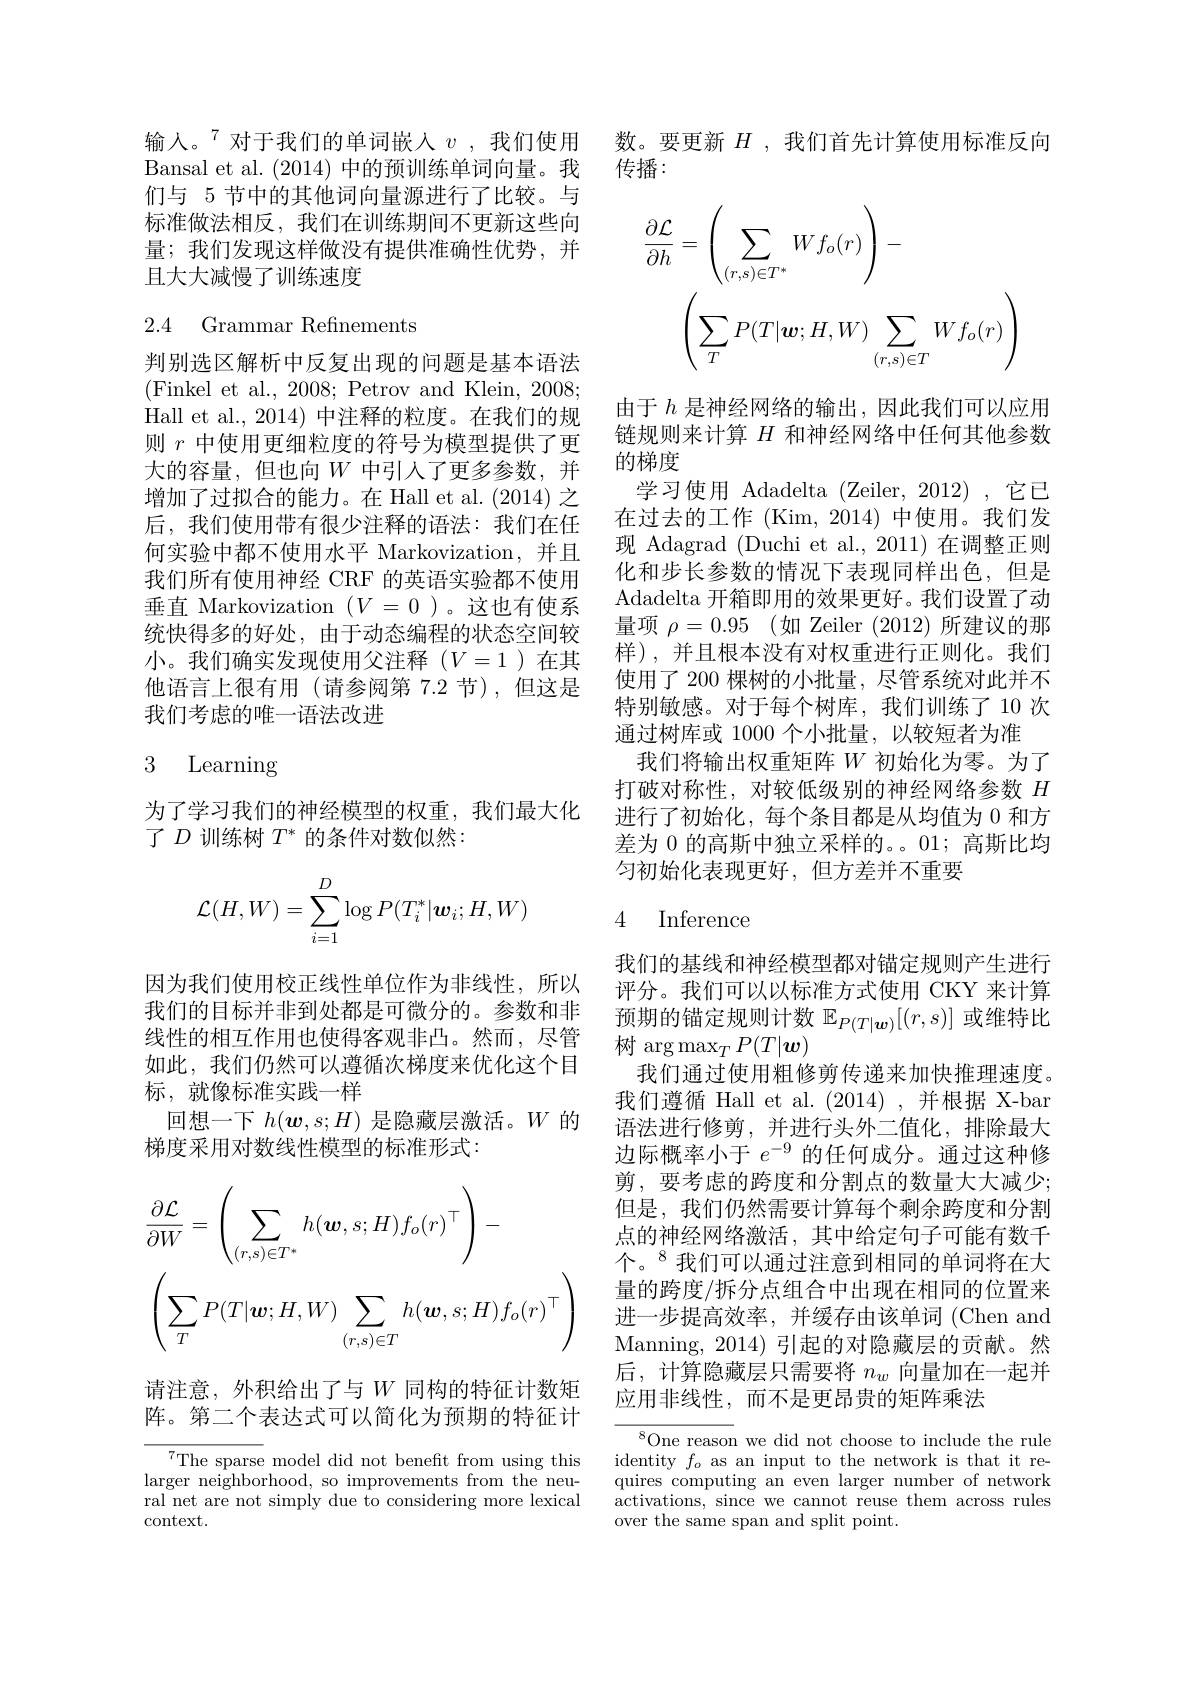
输入。$^{7}$对于我们的单词嵌入$v$,我们使用Bansal et al. (2014)中的预训练单词向量。我们与 5 节中的其他词向量源进行了比较。与标准做法相反，我们在训练期间不更新这些向量；我们发现这样做没有提供准确性优势，并且大大减慢了训练速度

2.4 Grammar Refinements

判别选区解析中反复出现的问题是基本语法(Finkel et al., 2008; Petrov and Klein, 2008; Hall et al., 2014) 中注释的粒度。在我们的规则$r$中使用更细粒度的符号为模型提供了更大的容量，但也向$W$ 中引入了更多参数，并增加了过拟合的能力。在 Hall et al. (2014) 之后，我们使用带有很少注释的语法：我们在任何实验中都不使用水平 Markovization,并且我们所有使用神经 CRF 的英语实验都不使用垂直 Markovization $(V=0$ )。这也有使系统快得多的好处，由于动态编程的状态空间较小。我们确实发现使用父注释($V=1$)在其他语言上很有用(请参阅第 7.2 节),但这是我们考虑的唯一语法改进

# 3 Learning

为了学习我们的神经模型的权重，我们最大化
了$D$训练树$T^*$的条件对数似然：
$$\mathcal{L}(H,W)=\sum_{i=1}^D\log P(T_i^*|\boldsymbol{w}_i;H,W)$$
因为我们使用校正线性单位作为非线性，所以我们的目标并非到处都是可微分的。参数和非线性的相互作用也使得客观非凸。然而，尽管如此，我们仍然可以遵循次梯度来优化这个目标，就像标准实践一样
回想一下$h(\boldsymbol{w},s;H)$是隐藏层激活。$W$的
梯度采用对数线性模型的标准形式：
$$\begin{aligned}&\frac{\partial\mathcal{L}}{\partial W}=\left(\sum_{(r,s)\in T^*}h(\boldsymbol{w},s;H)f_o(r)^\top\right)-\\&\left(\sum_TP(T|\boldsymbol{w};H,W)\sum_{(r,s)\in T}h(\boldsymbol{w},s;H)f_o(r)^\top\right)\end{aligned}$$
请注意，外积给出了与$W$ 同构的特征计数矩阵。第二个表达式可以简化为预期的特征计

$^{7}$The sparse model did not benefit from using this larger neighborhood, so improvements from the neural net are not simply due to considering more lexical context.

数。要更新$H$ ,我们首先计算使用标准反向
传播：
$$\begin{aligned}\frac{\partial\mathcal{L}}{\partial h}&=\left(\sum_{(r,s)\in T^*}Wf_o(r)\right)-\\&\left(\sum_TP(T|\boldsymbol{w};H,W)\sum_{(r,s)\in T}Wf_o(r)\right)\end{aligned}$$
由于$h$是神经网络的输出，因此我们可以应用链规则来计算$H$和神经网络中任何其他参数的梯度
学习使用 Adadelta (Zeiler, 2012) ,它已在过去的工作 (Kim, 2014) 中使用。我们发现 Adagrad (Duchi et al., 2011) 在调整正则化和步长参数的情况下表现同样出色，但是Adadelta 开箱即用的效果更好。我们设置了动量项 $\rho = 0. 95$ (如 Zeiler (2012) 所建议的那样),并且根本没有对权重进行正则化。我们使用了 200 棵树的小批量，尽管系统对此并不特别敏感。对于每个树库，我们训练了 10 次通过树库或 1000 个小批量，以较短者为准
我们将输出权重矩阵$W$初始化为零。为了打破对称性，对较低级别的神经网络参数$H$ 进行了初始化，每个条目都是从均值为 0 和方差为 0 的高斯中独立采样的。。01; 高斯比均匀初始化表现更好，但方差并不重要

# 4 Inference

我们的基线和神经模型都对锚定规则产生进行评分。我们可以以标准方式使用 CKY 来计算预期的锚定规则计数$\mathbb{E}_{P(T|\boldsymbol{w})}[(r,s)]$或维特比树$\arg\max_TP(T|\boldsymbol{w})$
我们通过使用粗修剪传递来加快推理速度。我们遵循 Hall et al.(2014),并根据 X-bar 语法进行修剪，并进行头外二值化，排除最大边际概率小于$e^-9$的任何成分。通过这种修剪，要考虑的跨度和分割点的数量大大减少； 但是，我们仍然需要计算每个剩余跨度和分割点的神经网络激活，其中给定句子可能有数千个。$^{8}$我们可以通过注意到相同的单词将在大量的跨度/拆分点组合中出现在相同的位置来进一步提高效率，并缓存由该单词(Chen and Manning, 2014) 引起的对隐藏层的贡献。然后，计算隐藏层只需要将$n_w$向量加在一起并应用非线性，而不是更昂贵的矩阵乘法

$^{8}$One reason we did not choose to include the rule identity $f_o$ as an input to the network is that it requires computing an even larger number of network activations, since we cannot reuse them across rules over the same span and split point.